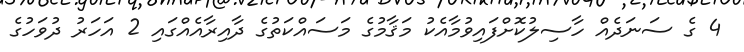
4 ގެ ސަނަދެއް ހާސިލުކޮށްފައިވުމާއެކު މަޤާމުގެ މަސައްކަތުގެ ދާއިރާއެއްގައި 2 އަހަރު ދުވަހުގެ